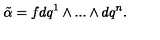
{ \tilde { \alpha } } = f d q ^ { 1 } \wedge . . . \wedge d q ^ { n } .